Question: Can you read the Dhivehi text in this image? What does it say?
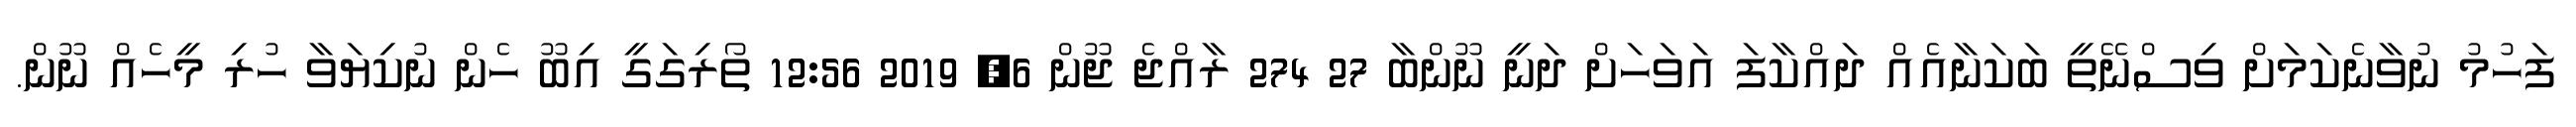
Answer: ފަހުމު ނުވާނެކަމަށް ވިސްނޭތީ ބަކަނާއެއް ދައްކާފަ އަވަހަށް ދަނީ ނޫންބާ 27 274 ރާއްޖެ ޖޫން 6, 2019 12:56 ތޯރިގަގީ އިބޫ ހެން ނުކިޔަވާ ހުރި މީހެއް ނޫން.